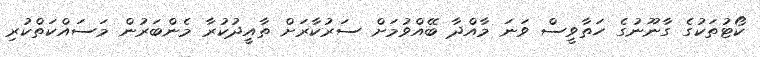
ކޯޓުތަކުގެ ގާނޫނުގެ ހަތާވީސް ވަނަ މާއްދާ ބޭއްވުމަށް ސަރުކާރަށް ތާއީދުކުރާ މެންބަރުން މަސައްކަތްކުރި